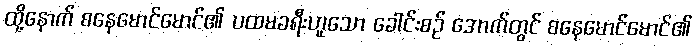
ထို့နောက် စနေမောင်မောင်၏ ပထမခရီးဟူသော ခေါင်းစဉ် အောက်တွင် စနေမောင်မောင်၏